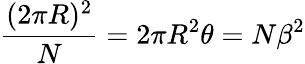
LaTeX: \frac{(2\pi R)^{2}}{N}=2\pi R^{2}\theta=N\beta^{2}